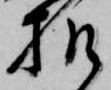
様